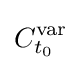
C_{t_{0}}^{\text{var}}